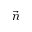
\vec { n }